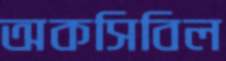
অকসিবিল